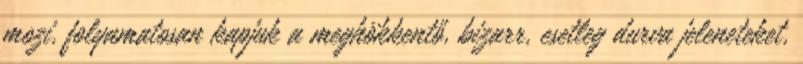
mozi, folyamatosan kapjuk a meghökkentő, bizarr, esetleg durva jeleneteket,